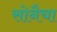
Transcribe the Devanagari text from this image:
सोनैचा